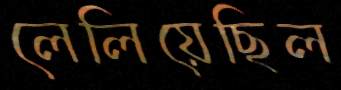
লেলিয়েছিল